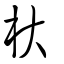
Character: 杕